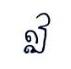
ឦ